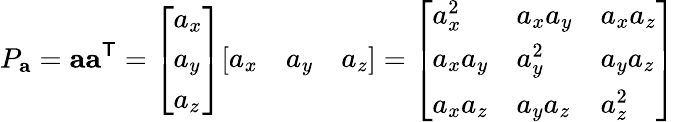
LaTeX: P_{\mathbf{a}}=\mathbf{a}\mathbf{a}^{\textsf{T}}={\left[\begin{array}{l}{a_{x}}\\ {a_{y}}\\ {a_{z}}\end{array}\right]}{\left[\begin{array}{lll}{a_{x}}&{a_{y}}&{a_{z}}\end{array}\right]}={\left[\begin{array}{lll}{a_{x}^{2}}&{a_{x}a_{y}}&{a_{x}a_{z}}\\ {a_{x}a_{y}}&{a_{y}^{2}}&{a_{y}a_{z}}\\ {a_{x}a_{z}}&{a_{y}a_{z}}&{a_{z}^{2}}\end{array}\right]}